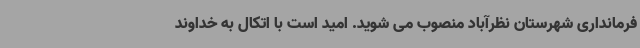
فرمانداری شهرستان نظرآباد منصوب می شوید. امید است با اتکال به خداوند